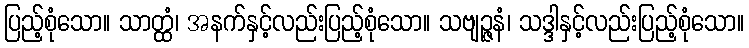
ပြည့်စုံသော။ သာတ္ထံ၊ အနက်နှင့်လည်းပြည့်စုံသော။ သဗျဉ္ဇနံ၊ သဒ္ဒါနှင့်လည်းပြည့်စုံသော။